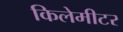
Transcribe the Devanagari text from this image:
किलेमीटर